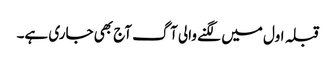
قبلہ اول میں لگنے والی آگ آج بھی جاری ہے۔